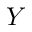
Y